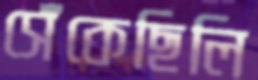
সেঁকেছিলি